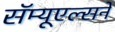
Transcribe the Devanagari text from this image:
सॅम्यूएल्सने